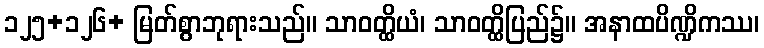
၁၂၅+၁၂၆+ မြတ်စွာဘုရားသည်။ သာဝတ္ထိယံ၊ သာဝတ္ထိပြည်၌။ အနာထပိဏ္ဍိကဿ၊